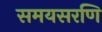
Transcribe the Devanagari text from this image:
समयसरणि